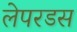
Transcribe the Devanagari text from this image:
लेपरडस